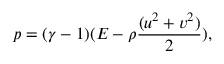
p = ( \gamma - 1 ) ( E - \rho \frac { ( u ^ { 2 } + v ^ { 2 } ) } { 2 } ) ,